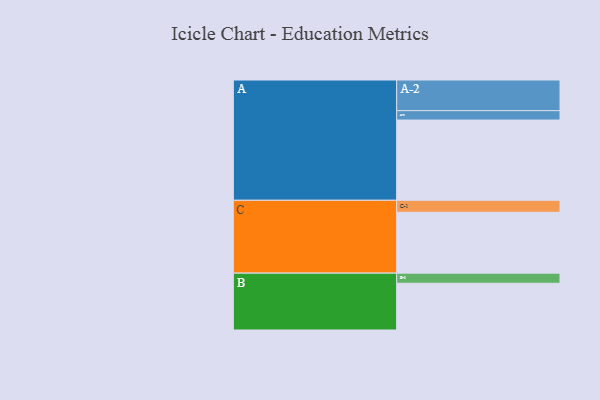
{"axis": {"x": "Segment", "y": "Value"}, "legend": ["", "A", "B", "C"], "data": [{"x": "A", "y": 597, "type": ""}, {"x": "B", "y": 348, "type": ""}, {"x": "C", "y": 453, "type": ""}, {"x": "A-1", "y": 70, "type": "A"}, {"x": "A-2", "y": 228, "type": "A"}, {"x": "B-1", "y": 75, "type": "B"}, {"x": "C-1", "y": 89, "type": "C"}]}